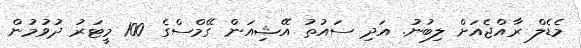
މެޑެލް ރާއްޖެއަށް ލިބުނު. އަދި ސައުތު އޭޝިއަން ގޭމްސްގެ 100 މީޓަރު ދުވުމުން